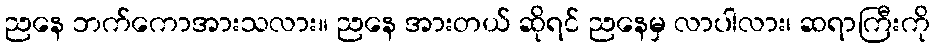
ညနေ ဘက်ကောအားသလား။ ညနေ အားတယ် ဆိုရင် ညနေမှ လာပါလား၊ ဆရာကြီးကို